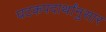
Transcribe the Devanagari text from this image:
घटकपदार्थांनुसार